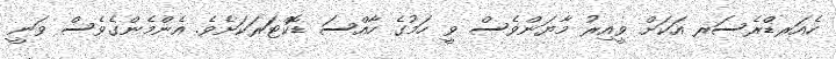
ހެއަރޑްރެސަރ އަކަށް ވީއިރު މާޔަންވެސް ވީ ހަމުގެ ހާއްސަ ޑޮކްޓަރަކަށެވެ. އެންމެންގެވެސް ވަނީ